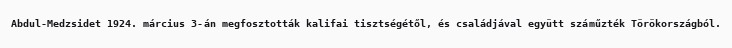
Abdul-Medzsidet 1924. március 3-án megfosztották kalifai tisztségétől, és családjával együtt száműzték Törökországból.